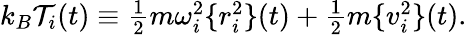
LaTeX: \begin{array}{r}{k_{B}{\cal T}_{i}(t)\equiv\frac{1}{2}m\omega_{i}^{2}\{ r_{i}^{2}\} (t)+\frac{1}{2}m\{ v_{i}^{2}\} (t).}\end{array}